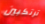
ترتكبين